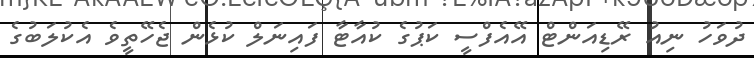
ދުވަހު ނިއު ރޭޑިއަންޓް އޭއެފްސީ ކަޕުގެ ކުއާޓާ ފައިނަލް ކުޅެން ޖެހޭތީވެ އެކުލަބުގެ